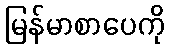
မြန်မာစာပေကို